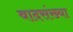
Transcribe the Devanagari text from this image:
वादसंख्या